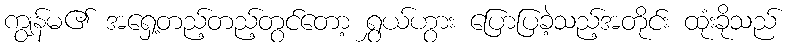
ကျွန်မ၏ အရှေ့တည့်တည့်တွင်တော့ ရွှယ်ဟွား ပြောပြခဲ့သည့်အတိုင်း ထုံးခိုသည်